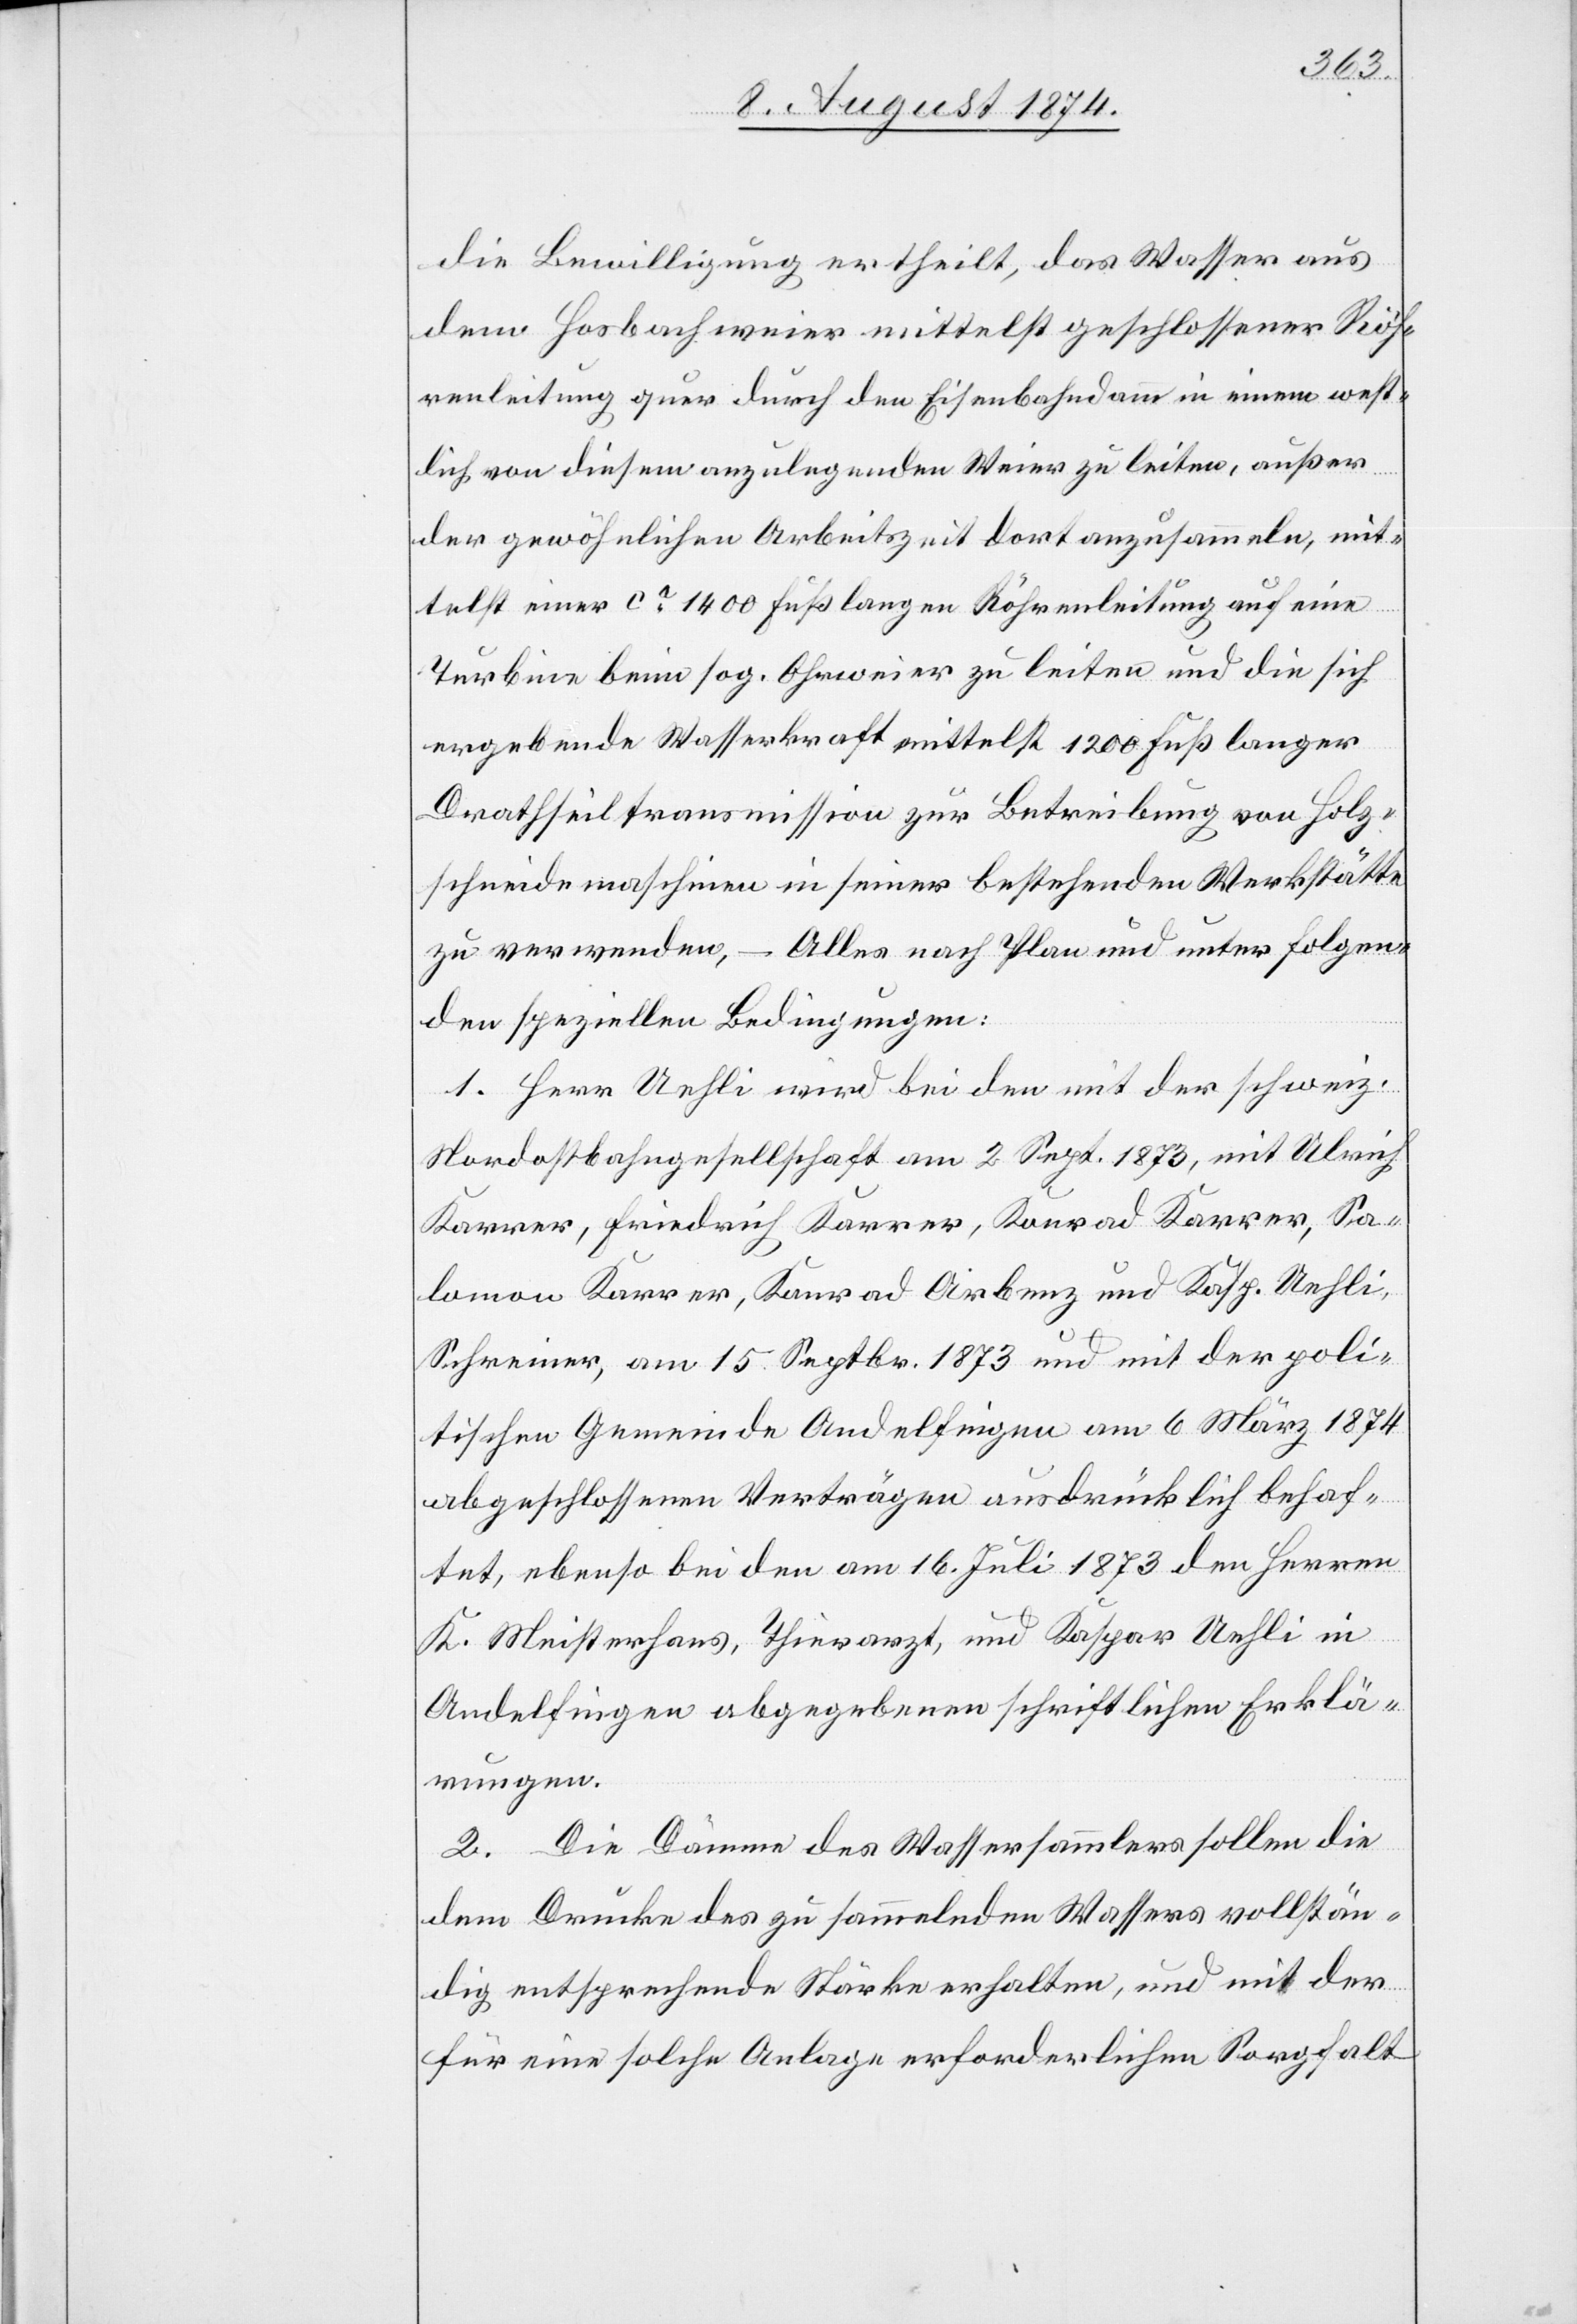
die Bewilligung ertheilt, das Wasser aus
dem Hosbachweier mittelst geschlossener Röh¬
renleitung quer durch den Eisenbahndamm in einen west¬
lich von diesem anzulegenden Weier zu leiten, außer
der gewöhnlichen Arbeitszeit dort anzusammeln, mit¬
telst einer ca 1400 Fuß langen Röhrenleitung auf eine
Turbine beim sog. Ohrweier zu leiten und die sich
ergebende Wasserkraft mittelst 1200 Fuß langer
Drathseiltransmission zur Betreibung von Holz¬
schneidemaschinen in seiner bestehenden Werkstätte
zu verwenden, – Alles nach Plan und unter folgen¬
den speziellen Bedingungen:
1. Herr Uehli wird bei den mit der schweiz.
Nordostbahngesellschaft am 2. Sept. 1873 mit Ulrich
Karrer, Friedrich Karrer, Konrad Karrer, Sa¬
lomon Karrer, Konrad Arbenz und Kasp. Uehli,
Schreiner, am 15. Septbr. 1873 und mit der poli¬
tischen Gemeinde Andelfingen am 6. März 1874
abgeschlossenen Verträgen ausdrücklich behaf¬
tet, ebenso bei den am 16. Juli 1873 den Herren
K. Meisterhans, Thierarzt, und Kaspar Uehli in
Andelfingen abgegebenen schriftlichen Erklä¬
rungen.
2. Die Dämme des Wassersammlers sollen die
dem Drucke des zu sammelnden Wassers vollstän¬
dig entsprechende Stärke erhalten, und mit der
für eine solche Anlage erforderlichen Sorgfalt